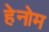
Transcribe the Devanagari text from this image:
हेनोम